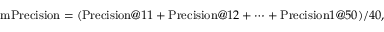
\mathrm { m P r e c i s i o n } = ( \mathrm { P r e c i s i o n } @ 1 1 + \mathrm { P r e c i s i o n } @ 1 2 + \cdots + \mathrm { P r e c i s i o n } 1 @ 5 0 ) / 4 0 ,